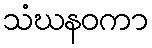
သံဃနဝကာ